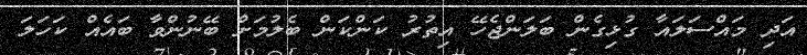
އަދި މައްސަލައާ ގުޅިގެން ބަލަންޖެހޭ އިތުރު ކަންކަން ބެލުމަށް ބޭނުންވާ ބައެއް ކަހަލަ